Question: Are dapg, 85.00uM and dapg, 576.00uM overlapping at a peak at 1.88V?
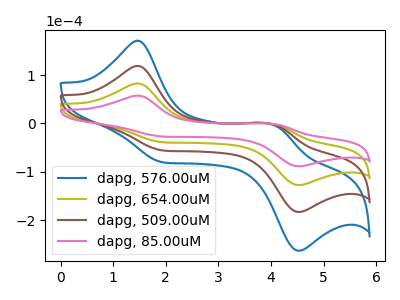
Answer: <think>The blue curve "dapg, 576.00uM" has anodic peaks at (1.45V, 247.90uA) (4.00V, -2.85uA) and cathodic peaks at (2.00V, -117.40uA) (4.55V, -381.40uA). The olive curve "dapg, 654.00uM" has anodic peaks at (1.45V, 82.65uA) (4.00V, -0.95uA) and cathodic peaks at (2.00V, -39.15uA) (4.55V, -127.15uA). The brown curve "dapg, 509.00uM" has anodic peaks at (1.45V, 165.25uA) (4.00V, -1.90uA) and cathodic peaks at (2.00V, -78.25uA) (4.55V, -254.30uA). The pink curve "dapg, 85.00uM" has anodic peaks at (1.45V, 57.50uA) (4.00V, -0.65uA) and cathodic peaks at (2.00V, -27.25uA) (4.55V, -88.45uA).</think>
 <answer>No, "dapg, 85.00uM" and "dapg, 576.00uM" dont share a peak at 1.88V.</answer>
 <eval>mismatch</eval>